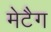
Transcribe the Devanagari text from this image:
मेटैग